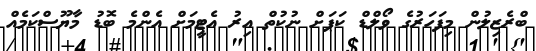
ބްރެޒިލުން މިފަހަރުގެ ވޯލްޑް ކަޕަށް ނުކުތް އިރު އެޓީމަށް އެންމެ ބޮޑު މާޔޫސްކަމެއް